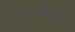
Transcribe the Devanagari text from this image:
इस्सेल्स